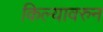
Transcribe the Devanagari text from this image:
किल्यावरुन